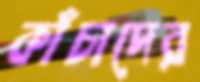
কাঁচাদের